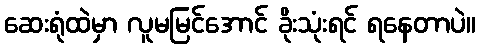
ဆေးရုံထဲမှာ လူမမြင်အောင် ခိုးသုံးရင် ရနေတာပဲ။